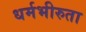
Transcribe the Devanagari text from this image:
धर्मभीरुता